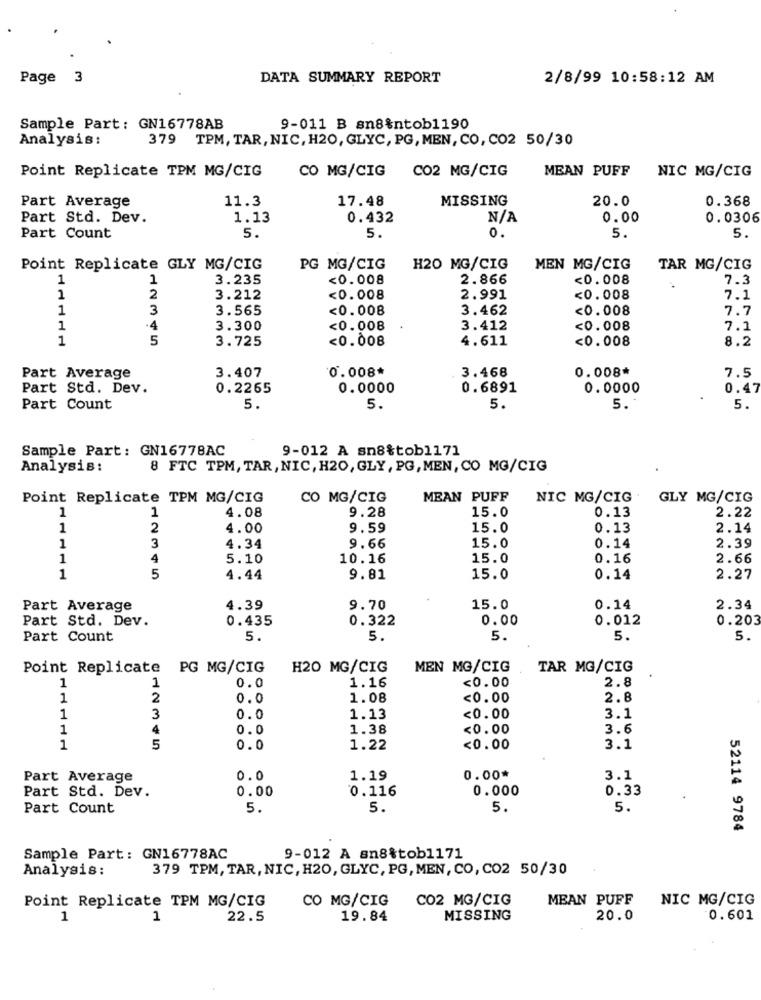
Page 3
DATA SUMMARY REPORT
2/8/99 10:58:12 AM
Sample Part: GN16778AB
9-011 B sn8&ntob1190
Analysis:
379 TPM, TAR, NIC, H20, GLYC, PG, MEN, CO, CO2 50/30
Point Replicate TPM MG/CIG
CO MG/CIG
CO2 MG/CIG
MEAN PUFF
NIC MG/CIG
Part Average
11.3
17.48
MISSING
20.0
0.368
Part Std. Dev.
1.13
0.432
0.00
0.0306
0.
Part Count
5.
5.
5.
5.
Point Replicate GLY MG/CIG
PG MG/CIG
H20 MG/CIG
MEN MG/CIG
TAR MG/CIG
1
1
3.235
<0.008
2.866
<0.008
7.3
1
2
3.212
<0.008
2.991
<0.008
7.1
1
3
3.565
<0.008
3.462
<0.008
7.7
1
4
3.300
<0.008
3.412
<0.008
7.1
1
5
3.725
<0.008
4.611
<0.008
8.2
3.407
0.008*
3.468
0.008*
7.5
Part Average
Part Std. Dev.
0.2265
0.0000
0.6891
0.0000
0.47
Part Count
5.
5.
5.
5.
5.
Sample Part: GN16778AC
9-012 A sn8%tob1171
Analysis:
8 FTC TPM, TAR, NIC, H20, GLY, PG, MEN, CO MG/CIG
Point Replicate TPM MG/CIG
CO MG/CIG
MEAN PUFF
NIC MG/CIG
GLY MG/CIG
4.08
9.28
0.13
1
1
15.0
2.22
1
2
4.00
9.59
15.0
0.13
2.14
1
3
4.34
9.66
15.0
0.14
2.39
1
4
5.10
10.16
15.0
0.16
2.66
1
5
4.44
9.81
15.0
0.14
2.27
Part Average
4.39
9.70
15.0
0.14
2.34
Part Std. Dev.
0.435
0.322
0.00
0.012
0.203
Part Count
5.
5.
5.
5.
5.
Point Replicate
PG MG/CIG
H20 MG/CIG
MEN MG/CIG
TAR MG/CIG
1.16
<0.00
2.8
1
1
0.0
1
2
0.0
1.08
<0.00
2.8
1
3
0.0
1.13
<0.00
3.1
1
4
0.0
1.38
<0.00
3.6
1
5
0.0
1.22
<0.00
3.1
Part Average
0.0
1.19
0.00*
3.1
Part Std. Dev.
0.00
0.116
0.000
0.33
Part Count
5.
5.
5.
5.
52114 9784
Sample Part: GN16778AC
9-012 A sn8%tob1171
Analysis:
379 TPM, TAR, NIC, H20, GLYC, PG, MEN, CO, CO2 50/30
Point Replicate TPM MG/CIG
CO MG/CIG
CO2 MG/CIG
MEAN PUFF
NIC MG/CIG
1
1
22.5
19.84
MISSING
20.0
0.601